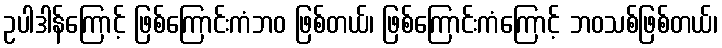
ဥပါဒါန်ကြောင့် ဖြစ်ကြောင်းကံဘဝ ဖြစ်တယ်၊ ဖြစ်ကြောင်းကံကြောင့် ဘဝသစ်ဖြစ်တယ်၊